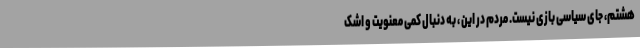
هشتم، جای سیاسی بازی نیست. مردم در این ، به دنبال کمی معنویت و اشک